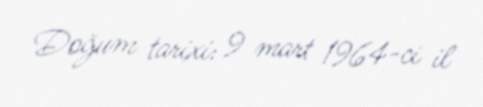
Doğum tarixi: 9 mart 1964-ci il